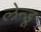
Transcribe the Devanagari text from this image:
लेन्डू